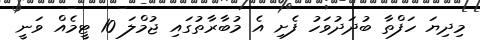
މިދިޔަ ހަފްތާ ބުދަދުވަހު ފެށި އެ މުބާރާތުގައި ޖުމްލަ 10 ޓީމެއް ވަނީ